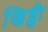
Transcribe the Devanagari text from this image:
खिड्डी